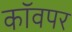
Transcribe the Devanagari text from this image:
कॉवपर